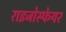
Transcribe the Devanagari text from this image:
राइजोस्फेयर